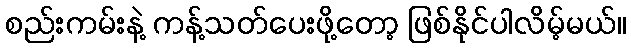
စည်းကမ်းနဲ့ ကန့်သတ်ပေးဖို့တော့ ဖြစ်နိုင်ပါလိမ့်မယ်။